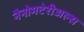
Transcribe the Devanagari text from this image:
नैनोमटेरीअल्स